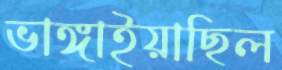
ভাঙ্গাইয়াছিল